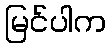
မြင်ပါက